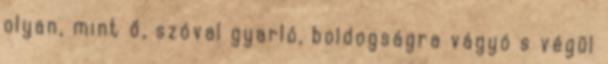
olyan, mint ő, szóval gyarló, boldogságra vágyó s végül